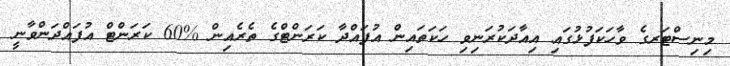
މިނިސްޓަރގެ ވާހަކަފުޅުގައި އިއާދަކުރަނިވި ހަކަތައިން އުފައްދާ ކަރަންޓްގެ ތެރެއިން %60 ކަރަންޓް އުފައްދަންވާނީ